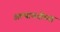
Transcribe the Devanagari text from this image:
अल्पावधीच्या